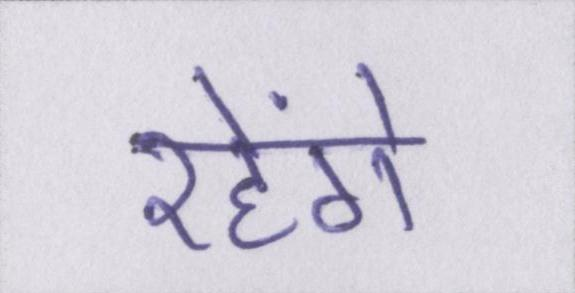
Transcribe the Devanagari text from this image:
रहेंगे